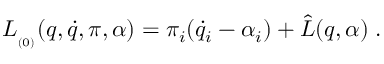
L _ { _ { ( 0 ) } } ( q , \dot { q } , \pi , \alpha ) = \pi _ { i } ( \dot { q } _ { i } - \alpha _ { i } ) + \hat { L } ( q , \alpha ) \; .